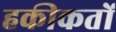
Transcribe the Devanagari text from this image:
हकीकतों